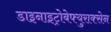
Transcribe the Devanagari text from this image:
डाइनाइट्रोबेफ्युराक्सेन